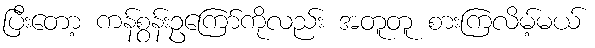
ပြီးတော့ ကန်စွန်းဥကြော်ကိုလည်း အတူတူ စားကြလိမ့်မယ်